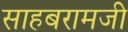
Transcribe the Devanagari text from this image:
साहबरामजी